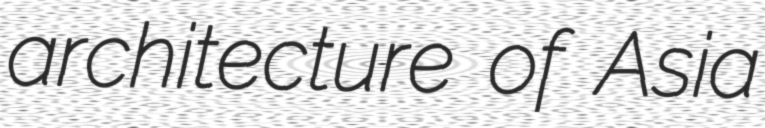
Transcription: architecture of Asia